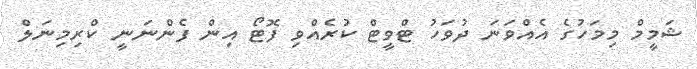
ޝަމީމް މިމަހުގެ އެއްވަނަ ދުވަހު ޓްވީޓް ކުރެއްވި ފޮޓޯ އިން ފެންނަނީ ކްރިމިނަލް